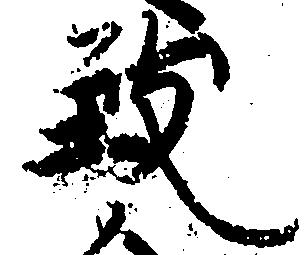
致